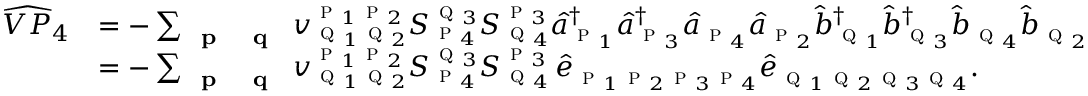
\begin{array} { r l } { \widehat { V P } _ { 4 } } & { = - \sum _ { \textbf { \textsc { p } } \textbf { \textsc { q } } } { v } _ { \textsc { q } _ { 1 } \textsc { q } _ { 2 } } ^ { \textsc { p } _ { 1 } \textsc { p } _ { 2 } } S _ { \textsc { p } _ { 4 } } ^ { \textsc { q } _ { 3 } } S _ { \textsc { q } _ { 4 } } ^ { \textsc { p } _ { 3 } } \hat { a } _ { \textsc { p } _ { 1 } } ^ { \dagger } \hat { a } _ { \textsc { p } _ { 3 } } ^ { \dagger } \hat { a } _ { \textsc { p } _ { 4 } } \hat { a } _ { \textsc { p } _ { 2 } } \hat { b } _ { \textsc { q } _ { 1 } } ^ { \dagger } \hat { b } _ { \textsc { q } _ { 3 } } ^ { \dagger } \hat { b } _ { \textsc { q } _ { 4 } } \hat { b } _ { \textsc { q } _ { 2 } } } \\ & { = - \sum _ { \textbf { \textsc { p } } \textbf { \textsc { q } } } { v } _ { \textsc { q } _ { 1 } \textsc { q } _ { 2 } } ^ { \textsc { p } _ { 1 } \textsc { p } _ { 2 } } S _ { \textsc { p } _ { 4 } } ^ { \textsc { q } _ { 3 } } S _ { \textsc { q } _ { 4 } } ^ { \textsc { p } _ { 3 } } \, \hat { e } _ { \textsc { p } _ { 1 } \textsc { p } _ { 2 } \textsc { p } _ { 3 } \textsc { p } _ { 4 } } \hat { e } _ { \textsc { q } _ { 1 } \textsc { q } _ { 2 } \textsc { q } _ { 3 } \textsc { q } _ { 4 } } . } \end{array}